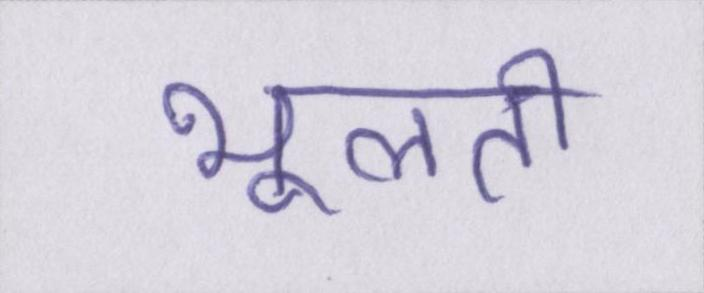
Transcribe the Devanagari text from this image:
भूलती